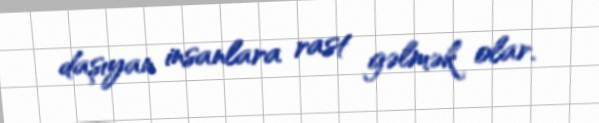
daşıyan insanlara rast gəlmək olar.